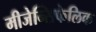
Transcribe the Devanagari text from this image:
मीजेन्सिफेलिक